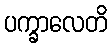
ပက္ခာလေတိ